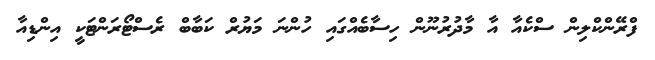
ފްރޭންކްލިން ސްކެއާ އާ މާދުރުނޫން ހިސާބެއްގައި ހުންނަ މަޔުރް ކަބާބް ރެސްޓޯރަންޓަކީ އިންޑިއާ